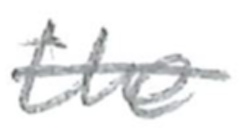
Text: the
Cross-out: single-line
Writing tool: pencil